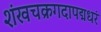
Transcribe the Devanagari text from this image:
शंखचक्रगदापद्मधरं